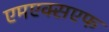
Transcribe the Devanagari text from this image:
एमएक्सएफ